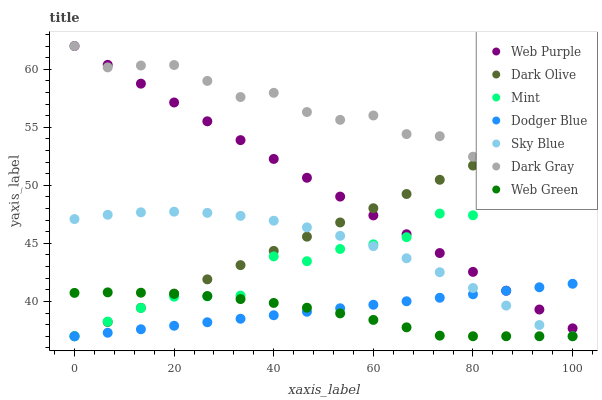
| xaxis_label | Web Purple | Dark Olive | Mint | Dodger Blue | Sky Blue | Dark Gray | Web Green |
 | --- | --- | --- | --- | --- | --- | --- | --- |
 | 0 | 62 | 37 | 37 | 37 | 47.1 | 62 | 40.7 |
 | 6.67 | 60.4 | 38.2 | 38.3 | 37.3 | 47.5 | 60.2 | 40.8 |
 | 13.3 | 58.8 | 39.5 | 39.4 | 37.6 | 47.7 | 60.3 | 40.8 |
 | 20 | 57.1 | 40.7 | 40.4 | 37.9 | 47.7 | 60.4 | 40.6 |
 | 26.7 | 55.5 | 41.9 | 40.4 | 38.2 | 47.6 | 59 | 40.5 |
 | 33.3 | 53.9 | 43.1 | 40.5 | 38.5 | 47.4 | 57.6 | 40.2 |
 | 40 | 52.3 | 44.4 | 43.9 | 38.8 | 47 | 58 | 39.9 |
 | 46.7 | 50.7 | 45.6 | 43.5 | 39.1 | 46.4 | 56.3 | 39.5 |
 | 53.3 | 49 | 46.8 | 44.5 | 39.4 | 45.6 | 55.6 | 39 |
 | 60 | 47.4 | 48 | 44.9 | 39.7 | 44.8 | 56 | 38.4 |
 | 66.7 | 45.8 | 49.3 | 45.5 | 40 | 43.7 | 54.4 | 37.8 |
 | 73.3 | 44.2 | 50.5 | 47.6 | 40.3 | 42.5 | 54.2 | 37.1 |
 | 80 | 42.5 | 51.7 | 47.4 | 40.6 | 41.2 | 52.5 | 37 |
 | 86.7 | 40.9 | 52.9 | 48.5 | 40.9 | 39.6 | 53.2 | 37 |
 | 93.3 | 39.3 | 54.2 | 49.5 | 41.2 | 38 | 50.5 | 37 |
 | 100 | 37.7 | 55.4 | 51.8 | 41.5 | 37 | 52 | 37 |